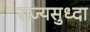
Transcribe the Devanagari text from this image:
राज्यसुध्दा